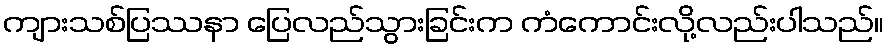
ကျားသစ်ပြဿနာ ပြေလည်သွားခြင်းက ကံကောင်းလို့လည်းပါသည်။